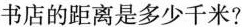
书店的距离是多少千米?